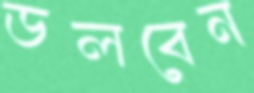
ডলবেন